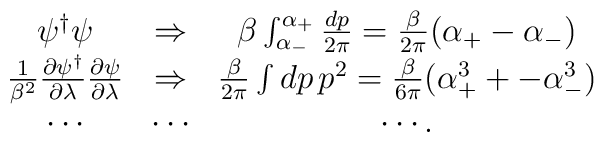
\begin{array}{ccc}\psi^{\dagger} \psi& \Rightarrow & \beta\int_{\alpha_-}^{\alpha_+}{dp \over2\pi}={\beta\over 2\pi}(\alpha_+-\alpha_-) \\{1\over \beta^2}{\partial \psi^{\dagger} \over \partial \lambda}{\partial \psi \over \partial \lambda} &\Rightarrow &{\beta\over 2\pi}\int dp \, p^2={\beta \over 6\pi}(\alpha_+^3 +-\alpha_-^3) \\\cdots & \cdots & \cdots .\end{array}